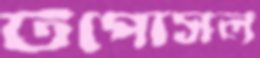
টপোসল